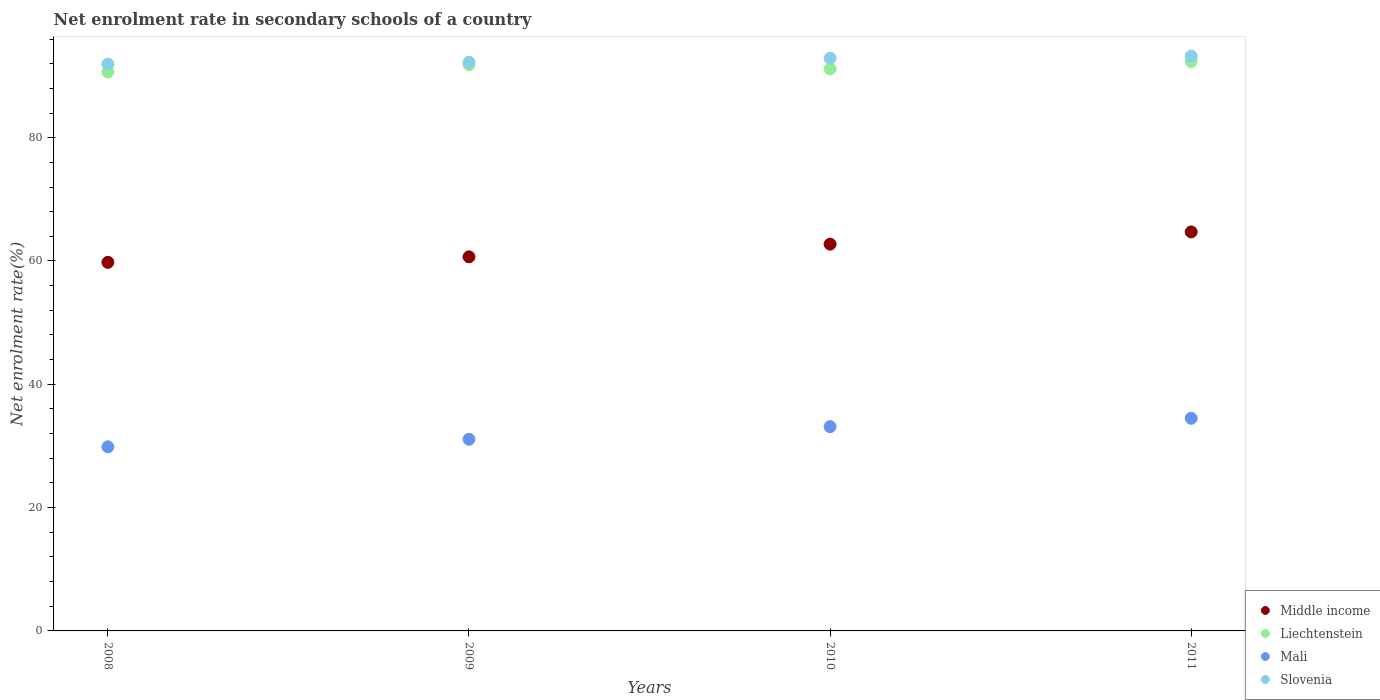
| Years | Middle income | Liechtenstein | Mali | Slovenia |
 | --- | --- | --- | --- | --- |
 | 2008 | 59.8 | 90.7 | 29.9 | 91.9 |
 | 2009 | 60.7 | 91.8 | 31.1 | 92.2 |
 | 2010 | 62.7 | 91.2 | 33.1 | 92.9 |
 | 2011 | 64.7 | 92.4 | 34.5 | 93.2 |